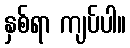
နှစ်ရာ ကျပ်ပါ။